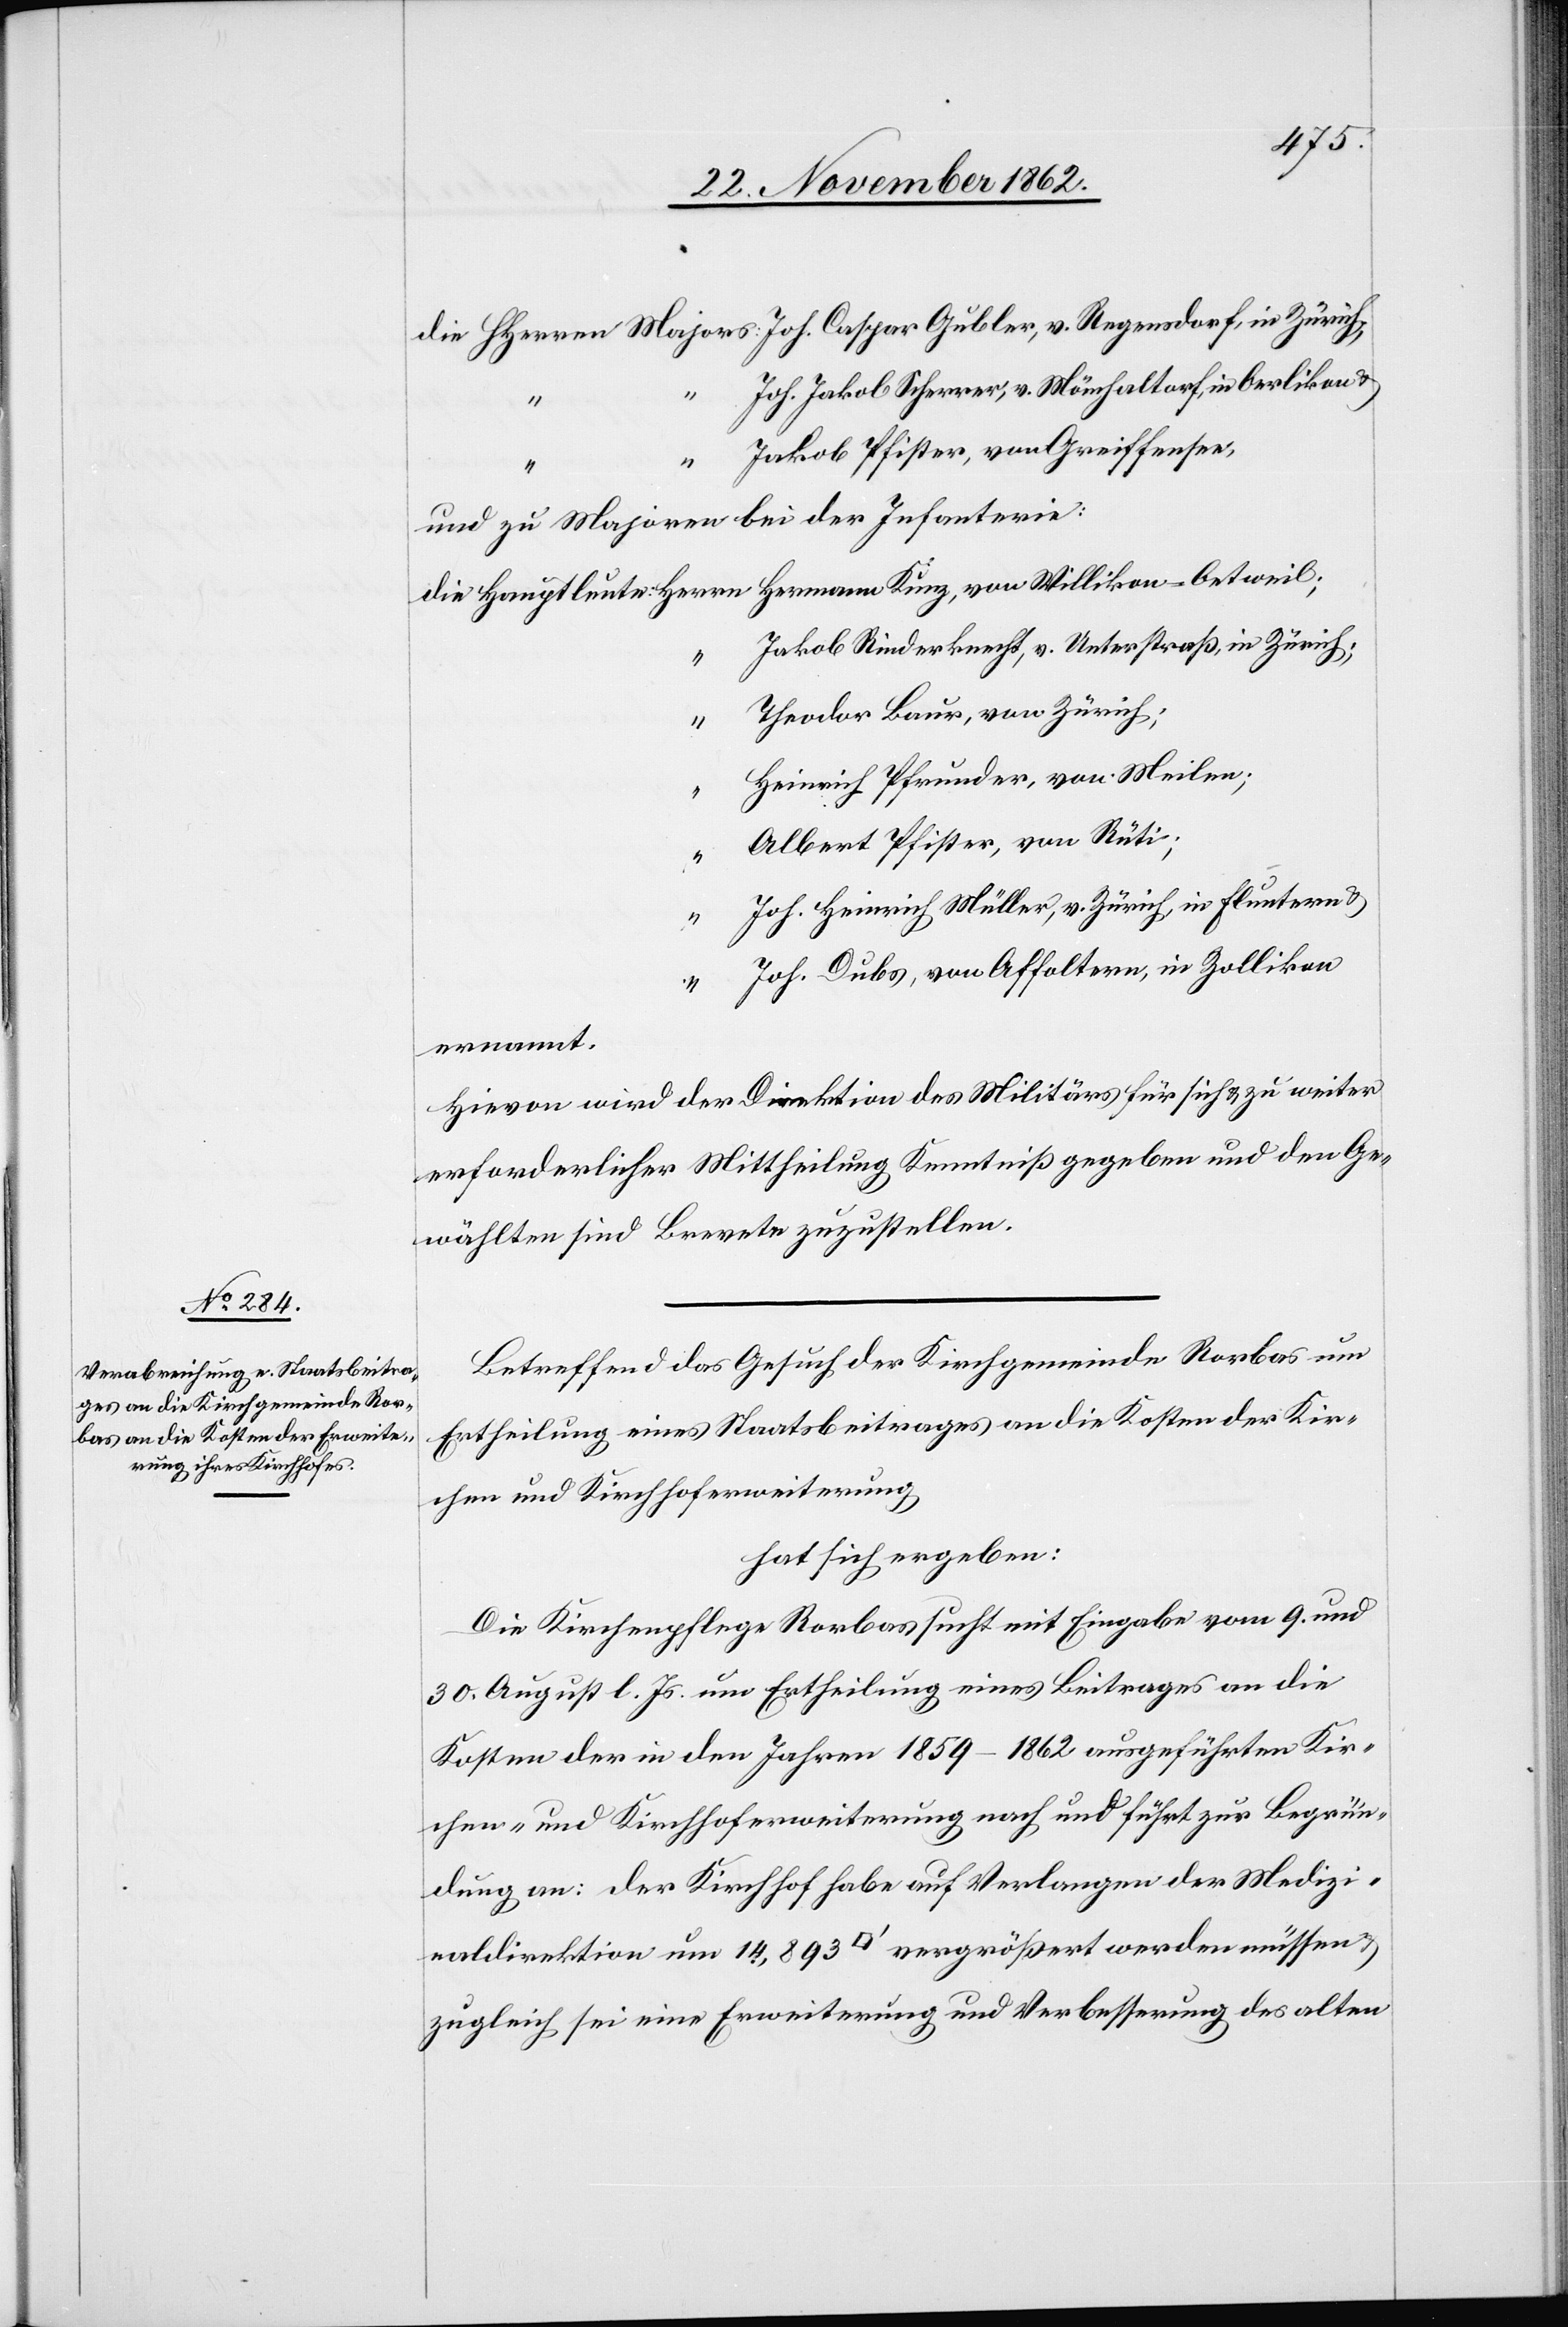
Joh. Jakob Scherrer, v. Mönchaltorf, in Oerlikon u.
“
Jakob Pfister, von Greiffensee,
und zu Majoren bei der Infanterie:
Jakob Rinderknecht, v. Unterstraß, in Zürich;
Theodor Baur, von Zürich;
Heinrich Pfrunder, von Meilen;
Albert Pfister, von Rüti;
u.
Joh. Heinrich Müller, v. Zürich, in Fluntern u.
Joh. Dubs, von Affoltern, in Zollikon
ernannt.
Hievon wird der Direktion des Militärs für sich u. zu weiter
erforderlicher Mittheilung Kenntniß gegeben und den Ge¬
wählten sind Brevete zuzustellen.
Betreffend das Gesuch der Kirchgemeinde Rorbas um
Ertheilung eines Staatsbeitrages an die Kosten der Kir¬
chen und Kirchhoferweiterung
hat sich ergeben:
Die Kirchenpflege Rorbas sucht mit Eingabe vom 9. und
30. August l. Js. um Ertheilung eines Beitrages an die
Kosten der in den Jahren 1859–1862 ausgeführten Kir¬
chen- und Kirchhoferweiterung nach und führt zur Begrün¬
dung an: der Kirchhof habe auf Verlangen der Medizi¬
naldirektion um 14,893 [Quadratfuß] vergrößert werden müssen
zugleich sei eine Erweiterung und Verbesserung des alten